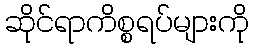
ဆိုင်ရာကိစ္စရပ်များကို